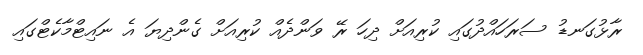
ރާޅުގަނޑު ސަރަހައްދުގައި ކުރިއަށް ދިހަ ރޭ ވަންދެއް ކުރިއަށް ގެންދިޔަ އެ ނައިޓްމާކެޓްގައި